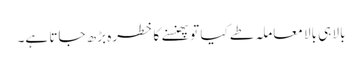
بالا ہی بالا معاملہ طے کیا تو پھنسنے کا خطرہ بڑھ جاتا ہے۔